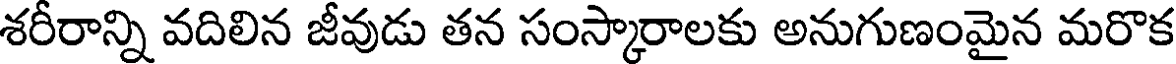
శరీరాన్ని వదిలిన జీవుడు తన సంస్కారాలకు అనుగుణంమైన మరొక